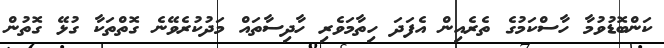
ކަންބޮޑުވުމާ ހާސްކަމުގެ ތެރެއިން އެފަދަ ހިތާމަވެރި ހާދިސާތައް މަދުކުރެވޭނެ ގޮތްތަކާ ގުޅޭ ގޮތުން